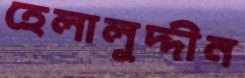
হেলালুদ্দীন